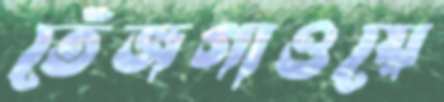
তেঁজগাওয়ে